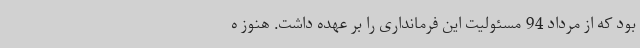
بود که از مرداد 94 مسئولیت این فرمانداری را بر عهده‌ داشت. هنوز ه